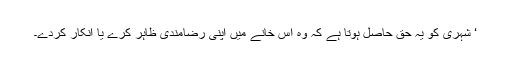
‘ شہری کو یہ حق حاصل ہوتا ہے کہ وہ اُس خانے میں اپنی رضامندی ظاہر کرے یا انکار کردے۔